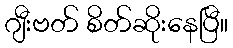
ဂျီးဗတ် စိတ်ဆိုးနေပြီ။